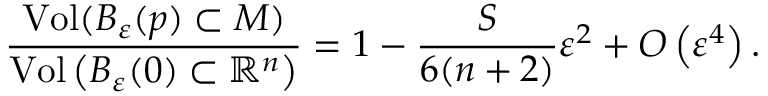
{ \frac { \operatorname { V o l } ( B _ { \varepsilon } ( p ) \subset M ) } { \operatorname { V o l } \left( B _ { \varepsilon } ( 0 ) \subset { \mathbb { R } } ^ { n } \right) } } = 1 - { \frac { S } { 6 ( n + 2 ) } } \varepsilon ^ { 2 } + O \left( \varepsilon ^ { 4 } \right) .